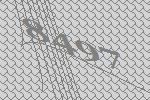
8497